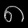
Digit: ၈